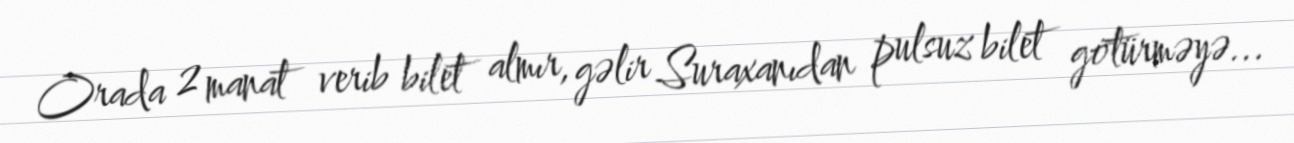
Orada 2 manat verib bilet almır, gəlir Suraxanıdan pulsuz bilet götürməyə...